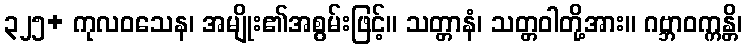
၃၂၅+ ကုလဝသေန၊ အမျိုး၏အစွမ်းဖြင့်။ သတ္တာနံ၊ သတ္တဝါတို့အား။ ဂဗ္ဘာဝက္ကန္တိ၊